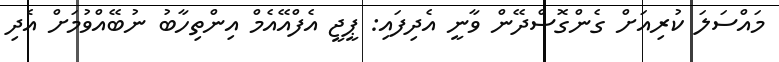
މައްސަލަ ކުރިއަށް ގެންގޮސްދޭން ވާނީ އެދިފައި: ޕީޖީ އެފްއޭއެމް އިންތިހާބު ނުބޭއްވުމަށް އެދި